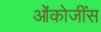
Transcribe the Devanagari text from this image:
ओंकोजींस